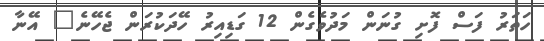
ހަތަރު ފަސް ފޮށި ގުނަން މަދުވެގެން 12 ގަޑިއިރު ހޭދަކުރަން ޖެހޭނެ" އޭނާ